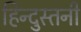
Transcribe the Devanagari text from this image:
हिन्दुस्तनी